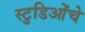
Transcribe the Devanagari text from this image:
स्टुडिओंचे